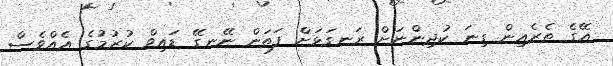
އޭގެ ތެރެއިން ގިނަ ކުދިންނަށް ރަނގަޅަށް ފަތަން ނޭނގޭ ޑައިވް ކުރުމުގެ އެއްވެސް